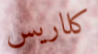
كلاريس